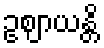
ဥဈာယန္တိ